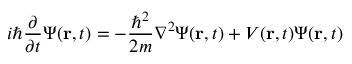
i \hbar { \frac { \partial } { \partial t } } \Psi ( \mathbf { r } , t ) = - { \frac { \hbar ^ { 2 } } { 2 m } } \nabla ^ { 2 } \Psi ( \mathbf { r } , t ) + V ( \mathbf { r } , t ) \Psi ( \mathbf { r } , t )